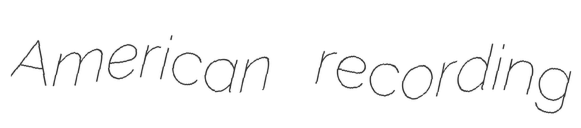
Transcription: American recording